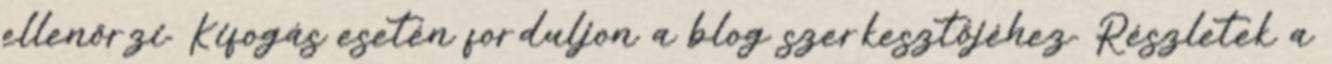
ellenőrzi. Kifogás esetén forduljon a blog szerkesztőjéhez. Részletek a